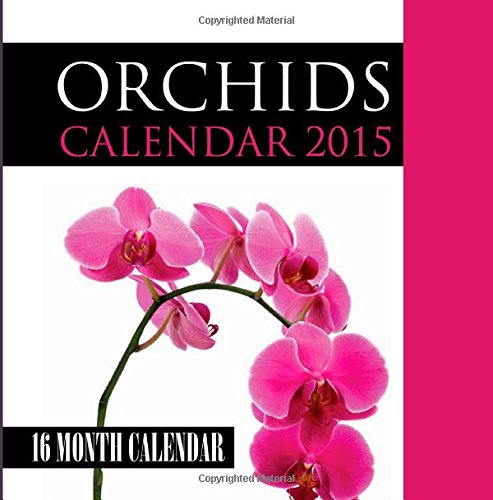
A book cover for Orchids Calendar 2015: 16 Month Calendar; James Bates; Calendars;